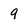
Character: 9